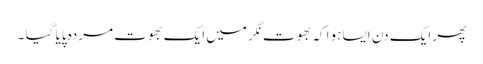
پھر ایک دن ایسا ہوا کہ بھوت نگر میں ایک بھوت مردہ پایا گیا ۔